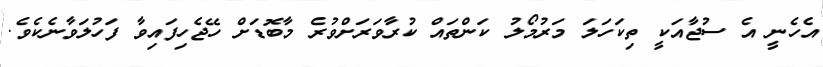
އެހެނީ އެ ސުޖާއަކީ ތިކަހަލަ މަރުމޯލު ކަންތައް ކުރާވަރަށްވުރެ މާބޮޑަށް ހޭޖެހިފައިވާ ފަހުލަވާނެކެވެ.